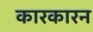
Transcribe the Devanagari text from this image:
कारकारन